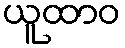
ယူထာဝ